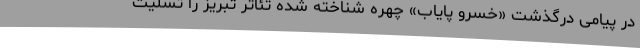
در پیامی درگذشت «خسرو پایاب» چهره شناخته شده تئاتر تبریز را تسلیت